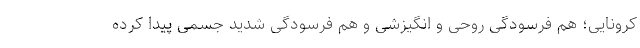
کرونایی؛ هم فرسودگی روحی و انگیزشی و هم فرسودگی شدید جسمی پیدا کرده